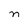
Character: n